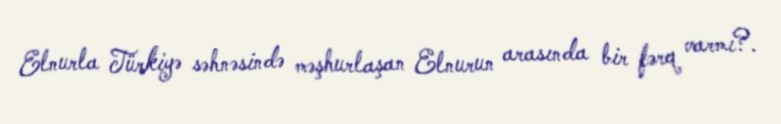
Elnurla Türkiyə səhnəsində məşhurlaşan Elnurun arasında bir fərq varmı?.